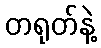
တရုတ်နဲ့